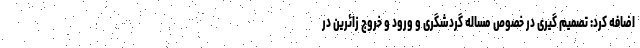
اضافه کرد: تصمیم گیری در خصوص مساله گردشگری و ورود و خروج زائرین در